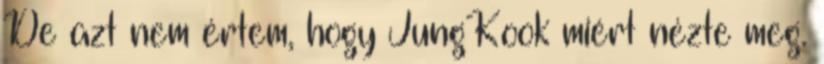
De azt nem értem, hogy JungKook miért nézte meg.